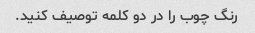
رنگ چوب را در دو کلمه توصیف کنید.